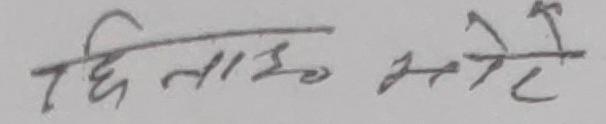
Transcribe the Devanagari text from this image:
छि नाईं के मेरे